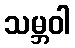
သမ္ဘဝါ